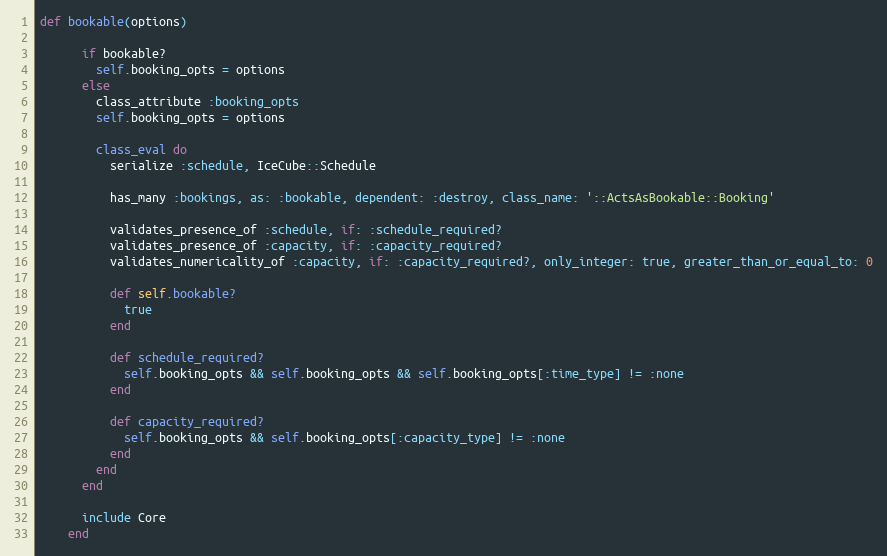
Language: Ruby
def bookable(options)

      if bookable?
        self.booking_opts = options
      else
        class_attribute :booking_opts
        self.booking_opts = options

        class_eval do
          serialize :schedule, IceCube::Schedule

          has_many :bookings, as: :bookable, dependent: :destroy, class_name: '::ActsAsBookable::Booking'

          validates_presence_of :schedule, if: :schedule_required?
          validates_presence_of :capacity, if: :capacity_required?
          validates_numericality_of :capacity, if: :capacity_required?, only_integer: true, greater_than_or_equal_to: 0

          def self.bookable?
            true
          end

          def schedule_required?
            self.booking_opts && self.booking_opts && self.booking_opts[:time_type] != :none
          end

          def capacity_required?
            self.booking_opts && self.booking_opts[:capacity_type] != :none
          end
        end
      end

      include Core
    end